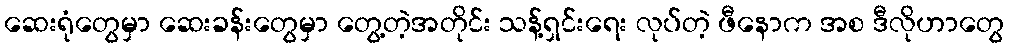
ဆေးရုံတွေမှာ ဆေးခန်းတွေမှာ တွေ့တဲ့အတိုင်း သန့်ရှင်းရေး လုပ်တဲ့ ဖီနောက အစ ဒီလိုဟာတွေ